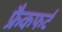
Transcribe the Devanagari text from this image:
फ्रैकफर्ट